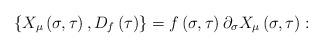
LaTeX: \begin{align*}\left\{ X_\mu \left( \sigma ,\tau \right) ,D_f\left( \tau \right) \right\}=f\left( \sigma ,\tau \right) \partial _\sigma X_\mu \left( \sigma ,\tau\right) : \end{align*}